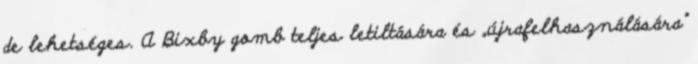
de lehetséges. A Bixby gomb teljes letiltására és „újrafelhasználására”